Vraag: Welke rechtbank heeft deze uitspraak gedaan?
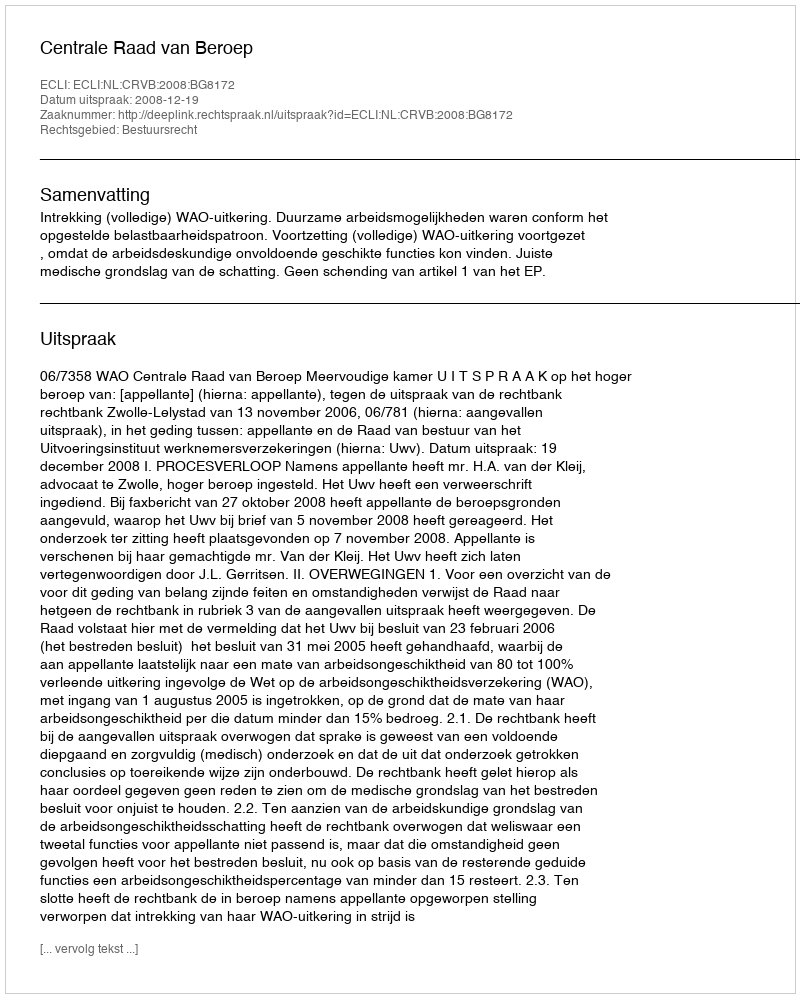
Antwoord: Centrale Raad van Beroep